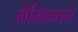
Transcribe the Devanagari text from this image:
लैंगिकतने